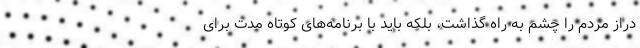
دراز مردم را چشم به راه گذاشت، بلکه باید با برنامه‌های کوتاه مدت برای